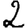
Digit: 2